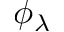
\phi _ { \lambda }